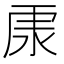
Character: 𱥽